Leaving Certificate Examination (including Day School Certificate (Higher) General paper), 1929
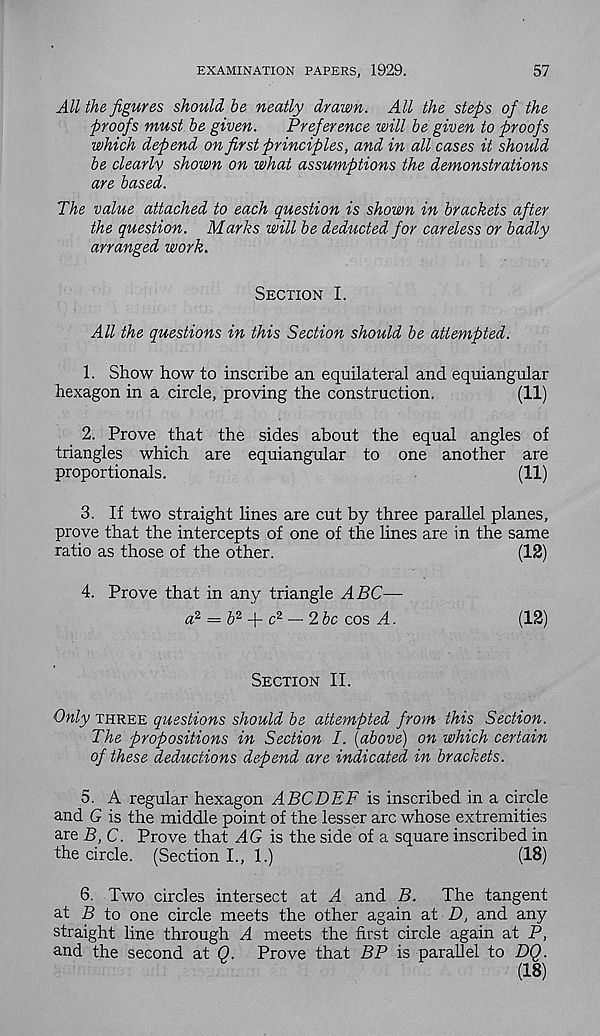
EXAMINATION PAPERS, 1929.
57
All the figures should he neatly drawn. All the steps of the
proofs must be given.
Preference will be given to proofs
which depend on fir st principles, and in all cases it should
be clearly shown on what assumptions the demonstrations
are based.
The value attached to each question is shown in brackets after
the question. Marks will be deducted for careless or badly
arranged work.
Section I.
All the questions in this Section should be attempted.
1. Show how to inscribe an equilateral and equiangular
hexagon in a circle, proving the construction.
(11)
2. Prove that the sides about the equal angles of
triangles which are equiangular to one another are
proportionals.
(11)
3. If two straight lines are cut by three parallel planes,
prove that the intercepts of one of the lines are in the same
ratio as those of the other.
(12)
4. Prove that in any triangle ABC—
a 2 = b 2
c* — 2bc cos A.
(12)
Section II.
Only three questions should be attempted from this Section.
The propositions in Section I. [above) on which certain
of these deductions depend are indicated in brackets.
5. A regular hexagon ABCDEF is inscribed in a circle
and G is the middle point of the lesser arc whose extremities
are B, C. Prove that AG is the side of a square inscribed in
the circle. (Section I., 1.)
(18)
6. Two circles intersect at A and B.
The tangent
at B to one circle meets the other again at D, and any
straight line through A meets the first circle again at P,
and the second at Q. Prove that BP is parallel to DQ.
(18)